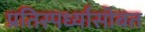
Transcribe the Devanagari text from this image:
प्रतिस्पर्ध्यासोबत